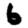
Digit: 6